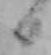
日